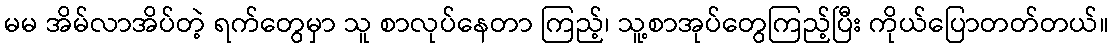
မမ အိမ်လာအိပ်တဲ့ ရက်တွေမှာ သူ စာလုပ်နေတာ ကြည့်၊ သူ့စာအုပ်တွေကြည့်ပြီး ကိုယ်ပြောတတ်တယ်။